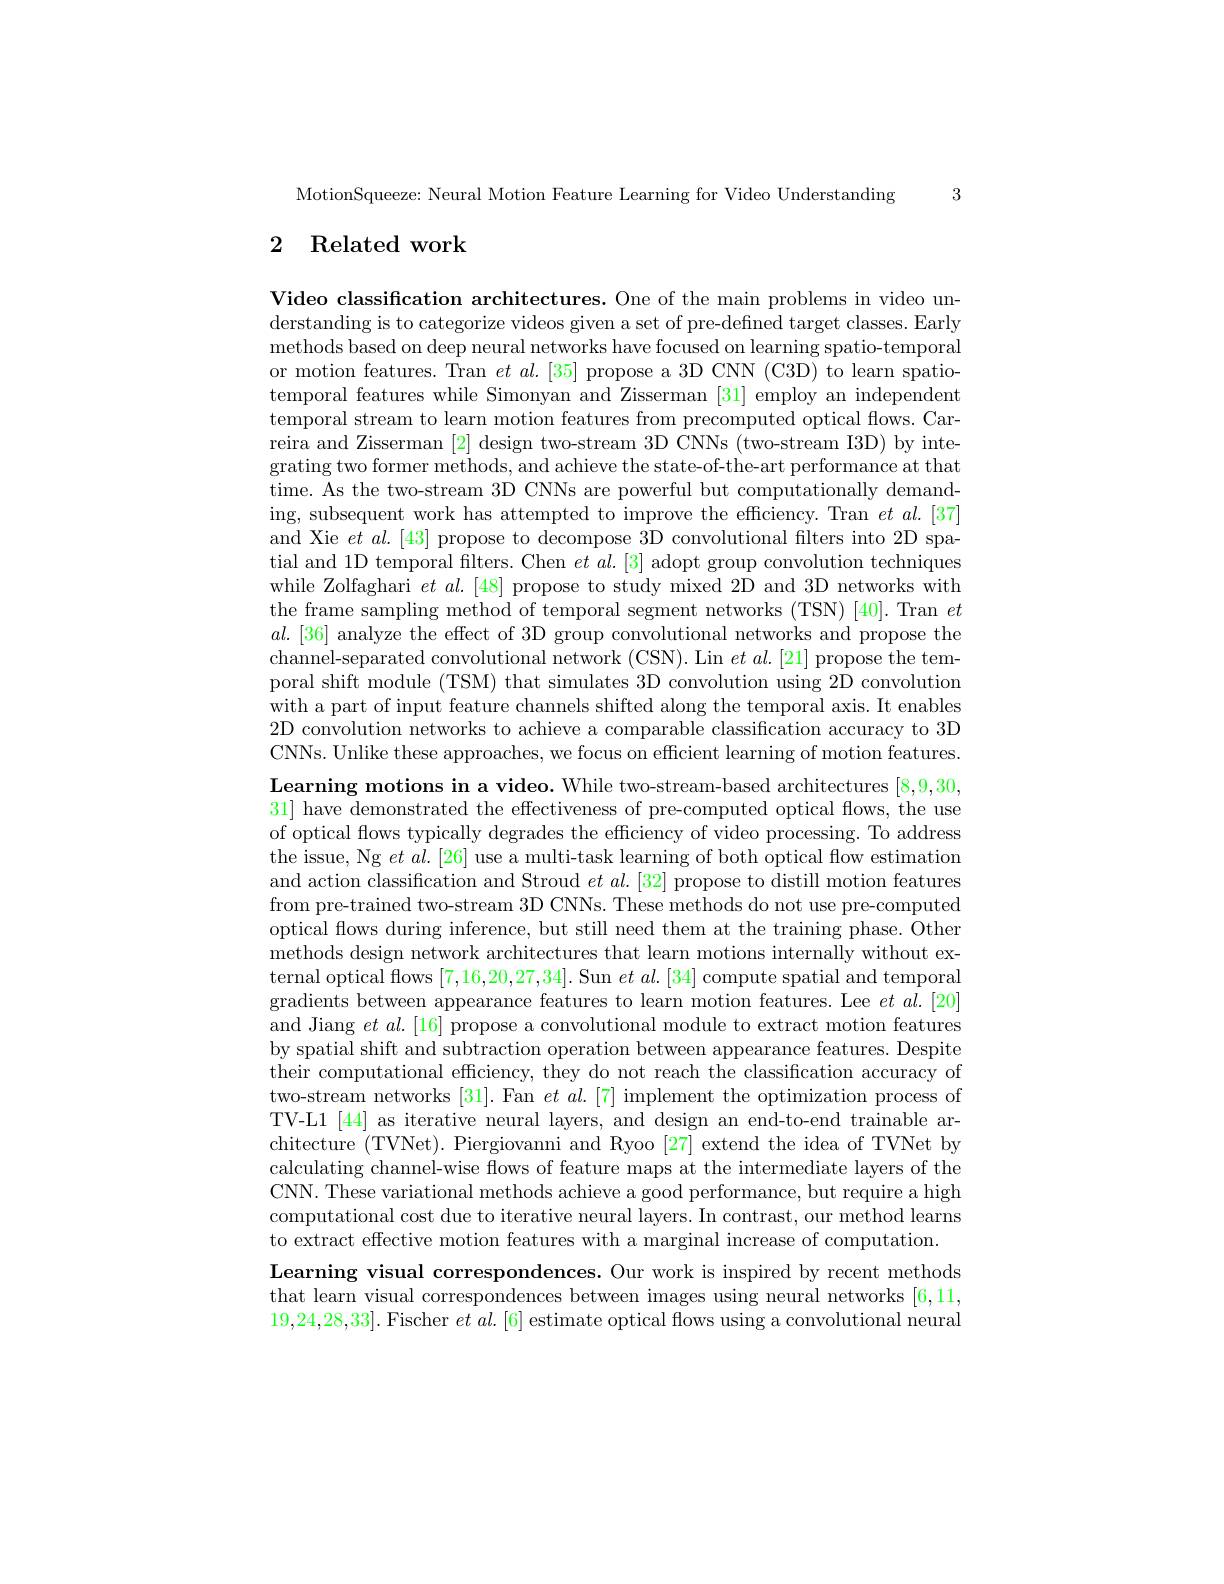
MotionSqueeze: Neural Motion Feature Learning for Video Understanding 3

## 2 Related work

Video classification architectures. One of the main problems in video understanding is to categorize videos given a set of pre-defined target classes. Early methods based on deep neural networks have focused on learning spatio-temporal or motion features. Tran $et\textit{al. [ 35] propose a 3D CNN ( C3D) to learn spatio- }$ temporal features while Simonyan and Zisserman [31] employ an independent temporal stream to learn motion features from precomputed optical flows. Carreira and Zisserman [2] design two-stream 3D CNNs (two-stream I3D) by integrating two former methods, and achieve the state-of-the-art performance at that time. As the two-stream 3D CNNs are powerful but computationally demanding, subsequent work has attempted to improve the efficiency. Tran $et\textit{al. [ 37] }$ and Xie $et\textit{al. [ 43] propose to decompose 3D convolutional filters into 2D spa- }$ tial and 1D temporal filters. Chen $et\textit{al. [ 3] adopt group convolution techniques}$ while Zolfaghari $et$ $al.[48]$ propose to study mixed 2D and 3D networks with the frame sampling method of temporal segment networks (TSN) [40]. Tran $et$ $al.[36]$ analyze the effect of 3D group convolutional networks and propose the channel-separated convolutional network (CSN). Lin $et\textit{al. [ 21] propose the tem- }$ poral shift module (TSM) that simulates 3D convolution using 2D convolution with a part of input feature channels shifted along the temporal axis. It enables 2D convolution networks to achieve a comparable classification accuracy to 3D CNNs. Unlike these approaches, we focus on efficient learning of motion features. $\textbf{Learning motions in a video. While two- stream- based architectures }[ 8, 9, 30$, 31] have demonstrated the effectiveness of pre-computed optical flows, the use of optical flows typically degrades the efficiency of video processing. To address the issue, Ng $et\textit{al. [ 26] use a multi- task learning of both optical flow estimation}$ and action classification and Stroud $et\textit{al. [ 32] propose to distill motion features}$ from pre-trained two-stream 3D CNNs. These methods do not use pre-computed optical flows during inference, but still need them at the training phase. Other methods design network architectures that learn motions internally without external optical flows [7,16,20,27,34]. Sun $et\textit{al. [ 34] compute spatial and temporal}$ gradients between appearance features to learn motion features. Lee $et$ $al.[20]$ and Jiang $et\textit{al. [ 16] propose a convolutional module to extract motion features}$ by spatial shift and subtraction operation between appearance features. Despite their computational efficiency, they do not reach the classification accuracy of two-stream networks [31]. Fan $et\textit{al. [ 7] implement the optimization process of}$ TV-L1[44] as iterative neural layers, and design an end-to-end trainable architecture (TVNet). Piergiovanni and Ryoo [27] extend the idea of TVNet by calculating channel-wise flows of feature maps at the intermediate layers of the CNN. These variational methods achieve a good performance, but require a high computational cost due to iterative neural layers. In contrast, our method learns to extract effective motion features with a marginal increase of computation
Learning visual correspondences. Our work is inspired by recent methods that learn visual correspondences between images using neural networks [6,11] 19,24,28,33]. Fischer $et\textit{al. [ 6] estimate optical flows using a convolutional neural}$